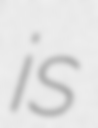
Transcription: is